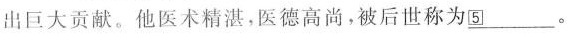
出巨大贡献。他医术精湛，医德高尚，被后世称为\underline{⑤}。